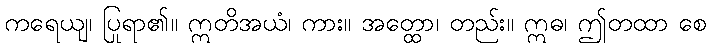
ကရေယျ၊ ပြုရာ၏။ ဣတိအယံ၊ ကား။ အတ္ထော၊ တည်း။ ဣဓ၊ ဤတထာ စေ